Lunatic asylums in Bengal annual reports 1888-1898 - 1888-1898
Year: 1888
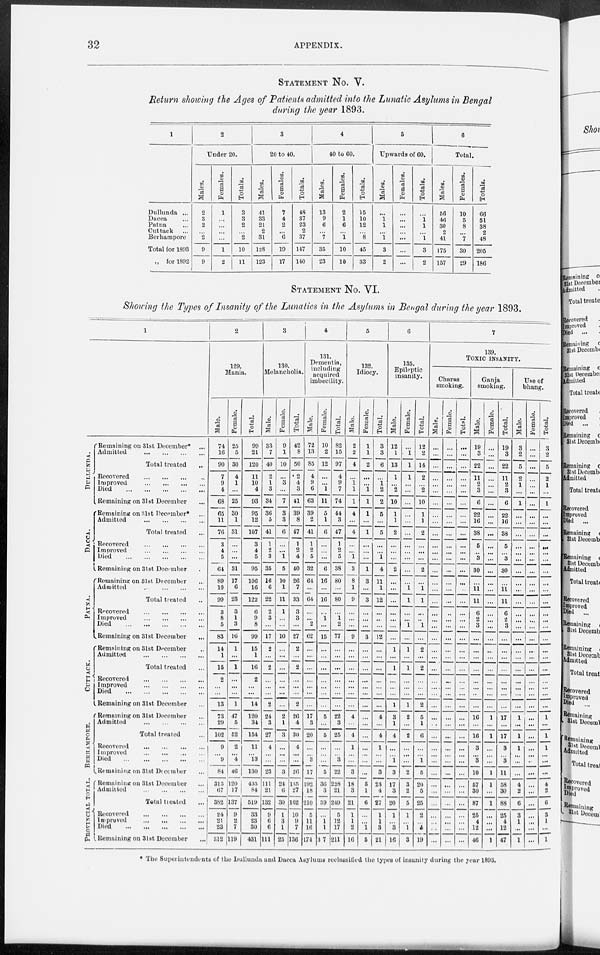
32
APPENDIX.
STATEMENT No. V.
Return showing the Ages of Patients admitted into the Lunatic Asylums in Bengal
during the year 1893.
1
Dullunda ...
Dacca ...
Patna ...
Cuttack ...
Berhampore
Total for 1893
„ for 1892
2
Under 20.
Males.
2
3
2
...
2
9
9
Females.
1
...
...
...
...
1
2
Totals.
3
3
2
...
2
10
11
3
20 to 40.
Males.
41
33
21
2
31
128
123
Females.
7
4
2
...
6
19
17
Totals.
48
37
23
2
37
147
140
4
40 to 60.
Males.
13
9
6
...
7
35
23
Females.
2
1
6
...
1
10
10
Totals.
15
10
12
...
8
45
33
5
Upwards of 60.
Males.
...
1 1
...
1
3
2
Females.
...
...
...
...
...
...
...
Totals.
...
1
1
...
1
3
2
6
Total.
Males.
56
46
30
2
41
175
157
Females.
10
5
8
...
7
30
29
Totals.
66
51
38
2
48
205
186
STATEMENT No. VI.
Showing the Types of Insanity of the Lunatics in the Asylums in Bengal during the year 1893.
1
DULLUNDA.
DACCA.
PATNA.
BE RHAMP ORE .
PROVINCIAL TOTAL.
Remaining on 31st December* ...
Admitted
...
...
...
...
Total treated ...
Recovered
...
...
...
...
Improved
...
...
...
...
Died
...
...
...
...
...
Remaining on 31st December ...
Remaining on 31st December* ...
Admitted
...
...
...
...
Total treated ...
Recovered
...
...
...
...
Improved
...
...
...
...
Died
...
...
...
...
...
Remaining on 31st December
Remaining on 31st December ...
Admitted
...
...
...
Total treated ...
Recovered
...
...
...
...
Improved
...
...
...
...
Died
...
...
...
...
Remaining on 31st December ...
Remaining on 31st December
...
Admitted ... ... ... ...
Total treated ...
Recovered
...
...
...
...
Improved
...
...
...
...
Died ... ... ... ... ...
Remaining on 31st December ...
Remaining on 31st December
...
Admitted ... ... ... ...
Total treated ...
Recovered
...
...
...
...
Improved
...
...
...
...
Died
...
...
...
...
...
Remaining on 31st December ...
Remaining on 31st December ...
Admitted
...
...
...
...
Total treated ...
Recovered
...
...
...
...
Improved
...
...
...
...
Died
...
...
...
...
...
...
Remaining on 31st December ...
2
129.
Mania.
Male.
74
16
90
7
9
4
68
65
11
76
3
4
5
64
89
10
99
3
8
5
83
14
1
15
2
...
...
13
73
29
102
9
...
9
84
315
67
382
24
21
23
312
Female.
25
5
30
4
1
...
25
30
1
31
...
...
...
31
17
6
23
3
1
3
16
1
...
1
...
...
...
1
47
5
52
2
...
4
46
120
17
137
9
2
7
119
Total.
99
21
120
11
10
4
93
95
12
107
3
4
5
95
106
16
122
6
9
8
99
15
1
16
2
...
...
14
120
34
154
11
...
13
130
435
84
519
33
23
30
431
3
130.
Melancholia.
Male.
33
7
40
2
1
3
34
36
5
41
1
2
3
35
16
6
22
2
3
...
17
2
...
2
...
...
...
2
24
3
27
4
...
...
23
111
21
132
9
6
6
111
Female.
9
1
10
...
3
...
7
3
3
6
...
...
1
5
10
1
11
1
...
...
10
...
...
...
...
...
...
...
2
1
3
...
...
...
3
24
6
30
1
3
1
25
Total.
42
8
50
2
4
3
41
39
8
47
1
2
4
40
26
7
33
3
3
...
27
2
...
2
...
...
...
2
26
4
30
4
...
...
26
135
27
162
10
9
7
136
4
131.
Dementia,
including
acquired
imbecility.
Male.
72
13
85
4
9
6
63
39
2
41
1
2
5
32
64
...
64
...
...
2
62
...
...
...
...
...
...
...
17
3
20
...
...
3
17
192
18
210
5
11
10
174
Female.
10
2
12
...
...
1
11
5
1
6
...
...
...
6
16
...
16
...
1
...
15
...
...
...
...
...
...
...
5
...
5
...
...
...
5
36
3
39
...
1
1
37
Total.
82
15
97
4
9
7
74
44
3
47
1
2
5
38
80
...
80
...
1
2
77
...
...
...
...
...
...
...
22
3
25
...
...
3
22
228
21
249
5
12
17
211
5
132.
Idiocy.
Male.
2
2
4
...
1
1
1
4
...
4
...
...
1
3
8
1
9
...
...
...
9
...
...
...
...
...
...
...
4
...
4
1
...
...
3
18
3
21
1
1
2
16
Female.
1
1
2
...
...
1
1
1
...
1
...
...
...
1
3
...
3
...
...
...
3
...
...
...
...
...
...
...
...
...
...
...
...
...
...
5
1
6
...
...
1
5
Total.
3
3
6
...
1
2
2
5
...
5
...
...
1
4
11
1
12
...
...
...
12
...
...
...
...
...
...
...
4
...
4
1
...
...
3
23
4
27
1
1
3
21
6
135.
Epileptic
insanity.
Male.
12
1
13
1
...
2
10
1
1
2
...
...
...
2
...
...
...
...
...
...
1
...
1
...
...
...
1
3
1
4
...
...
1
3
17
3
20
1
...
3
16
Female.
...
1
1
1
...
...
...
...
...
...
...
...
...
...
...
1
1
...
...
1
...
1
...
1
...
...
...
1
2
...
2
...
...
...
2
8
2
5
1
...
1
3
Total.
12
2
14
2
2
10
1
1
2
...
...
...
2
...
1
1
...
...
1
...
2
...
2
...
...
...
2
5
1
6
...
...
1
6
20
5
25
2
...
4
19
7
139.
TOXIC INSANITY.
Charas
smoking.
Male.
...
...
...
...
...
...
...
...
...
...
...
...
...
...
...
...
...
...
...
...
...
...
...
...
....
...
...
...
...
...
...
...
...
...
...
...
...
...
...
...
Female.
...
...
...
...
...
...
...
...
...
...
...
...
...
...
...
...
...
...
...
...
...
...
...
...
...
...
...
...
...
...
...
...
...
...
...
...
...
...
...
...
...
...
Total.
...
...
...
...
...
...
...
...
...
...
...
...
...
...
...
...
...
...
...
...
...
...
...
...
...
...
...
...
...
...
...
...
...
...
...
...
...
...
...
...
...
...
Ganja
smoking.
Male.
19
3
22
11
2
3
6
22
16
38
5
...
3
30
...
11
11
6
2
3
...
...
...
...
...
...
...
...
16
...
16
3
...
3
10
57
30
87
25
4
12
46
Female.
...
...
...
...
...
...
...
...
...
...
...
...
...
...
...
...
...
...
...
...
...
...
...
...
...
...
...
...
1
...
1
...
...
...
1
1
...
1
...
...
...
1
Total.
19
3
22
11
2
3
6
22
16
38
5
...
3
30
...
11
11
6
2
3
...
... ...
...
...
...
...
...
17
...
17
3
...
3
11
58
30
88
25
4
12
47
Use of
bhang.
Male.
3
2
5
2
1
...
1
...
...
...
...
...
...
...
...
...
...
...
...
...
...
...
...
...
...
...
...
...
1
...
1
1
...
...
...
4
2
6
3
1
...
1
Female.
...
...
...
...
...
...
...
...
...
...
...
...
...
...
...
...
...
...
...
...
...
...
...
...
...
...
...
...
...
...
...
...
...
...
...
...
...
...
...
...
...
...
Total.
3
2
5
2
1
...
1
...
...
...
...
...
...
...
...
...
...
...
...
...
...
...
...
...
...
...
...
...
1
...
1
1
...
...
...
4
a
6
3
1
...
1
* The Superintendents of the Dullunda and Dacca Asylums reclassified the types of insanity during the year 1893.